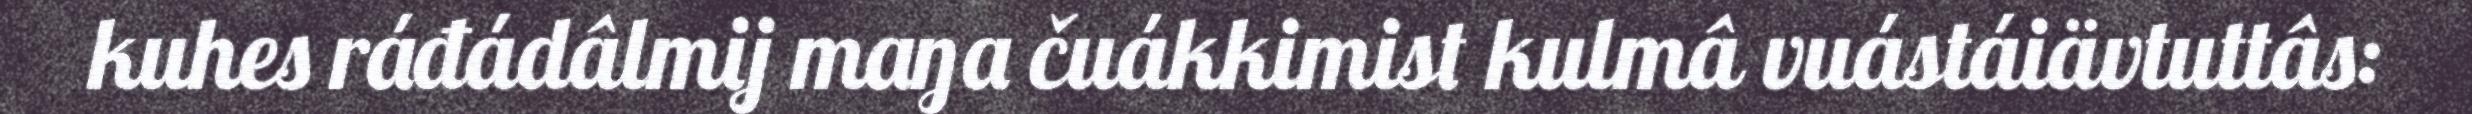
kuhes ráđádâlmij maŋa čuákkimist kulmâ vuástáiävtuttâs: